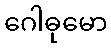
ဂေါဓုမော